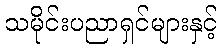
သမိုင်းပညာရှင်များနှင့်